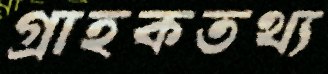
গ্রাহকতথ্য